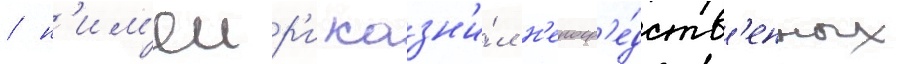
/ н'им'еир'и казн'и́л н'епоср'е́дств'енных